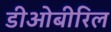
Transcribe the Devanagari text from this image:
डीओबीरिल